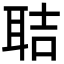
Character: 聐